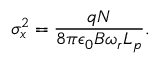
\sigma _ { x } ^ { 2 } = \frac { q N } { 8 \pi \epsilon _ { 0 } B \omega _ { r } L _ { p } } .